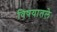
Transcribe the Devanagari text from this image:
विषयातले